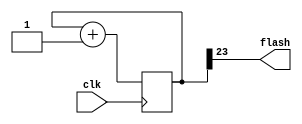
module flasher(
		clk,
		flash
	);

	//Parameters:
	//================================================
	
	//Number of bits to divide MSB will be the flash output
	parameter BITS = 24;
								
	//IO Definitions:
	//================================================
	input clk;
	output flash;

	//Register/Wire Definitions:
	//================================================
	reg [BITS-1:0] counter;
	
	//Assignments:
	//================================================
	assign flash = counter[BITS-1];
	
	//Toplevel Logic:
	//================================================
	always @(posedge clk)
		counter <= counter + 1;

endmodule